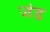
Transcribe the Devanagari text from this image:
जंड